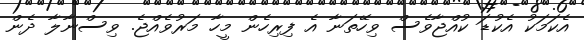
އެކަމަކު އެކުޑަ ކުއްޖާވެސް ވިހޭތަނާ އެ ފިރިހެން މީހާ މަރުވެއްޖެ. ވިސްނާލާ ދެން